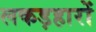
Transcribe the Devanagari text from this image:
लकड़हारों